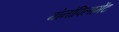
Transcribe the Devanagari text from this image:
मोनोपिलामेंट